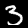
Digit: 3